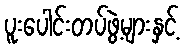
ပူးပေါင်းတပ်ဖွဲ့များနှင့်